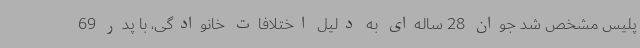
پلیس مشخص شد جوان 28 ساله‌ای به دلیل اختلافات خانوادگی، با پدر 69